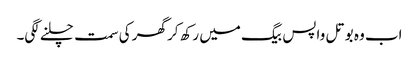
اب وہ بوتل واپس بیگ میں رکھ کر گھر کی سمت چلنے لگی۔